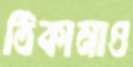
ঠিকানাও